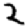
Digit: 2